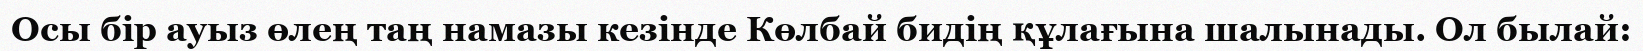
Осы бір ауыз өлең таң намазы кезінде Көлбай бидің құлағына шалынады. Ол былай: